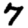
Digit: 7